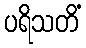
ပရိသတိံ